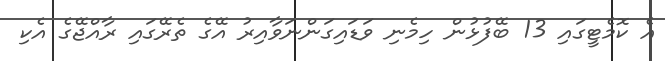
އެ ކޮމެޓީގައި 13 ބޭފުޅުން ހިމެނި ވަޑައިގަންނަވާއިރު އޭގެ ތެރޭގައި ރާއްޖޭގެ އެކި